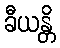
ခီယန္တိ